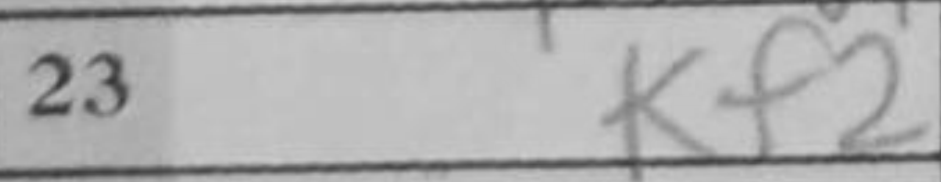
Transcription: Kf2